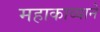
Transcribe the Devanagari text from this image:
महाकाव्याने